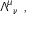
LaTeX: { \Lambda ^ { \mu } } _ { \nu } ~ ,